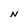
Character: N